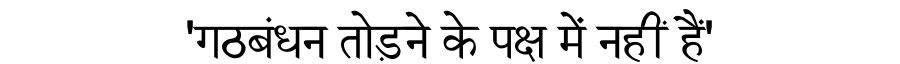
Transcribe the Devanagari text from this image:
'गठबंधन तोड़ने के पक्ष में नहीं हैं'